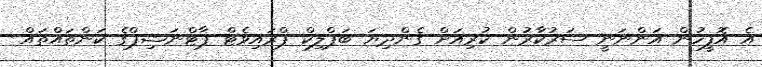
އެ އޮފީހުން އަންނަނީ ސަރުކާރުން ކުރިއަށް ގެންދިޔަ ބަޕްލިކް ޕްރައިވެޓް ޕާޓްނަޝިޕްގެ ކަންތައްތައް